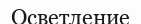
Осветление